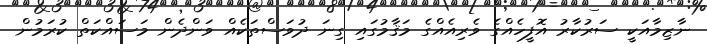
ނާޒިމާއަކީ ސަރުކާރު އޮފީހެއްގެ ވެރިއެއްގެ މަޤާމުގައި ގިނަ ދުވަސްތަކެއް ވަންދެން މަސައްކަތް ކުރަމުން